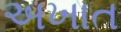
અખાત